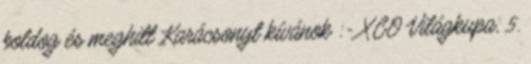
boldog és meghitt Karácsonyt kívánok :- XCO Világkupa, 5.